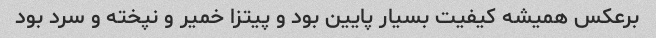
برعکس همیشه کیفیت بسیار پایین بود و پیتزا خمیر و نپخته و سرد بود